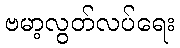
ဗမာ့လွတ်လပ်ရေး